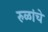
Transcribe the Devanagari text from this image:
रुळांचे